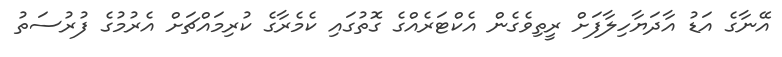
އޭނާގެ އަޑު އާދަޔާހިލާފަށް ރީތިވެގެން އެކްޓަރެއްގެ ގޮތުގައި ކެމެރާގެ ކުރިމައްޗަށް އެރުމުގެ ފުރުސަތު